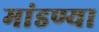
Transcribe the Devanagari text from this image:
मांडण्या